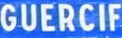
GUERCIF